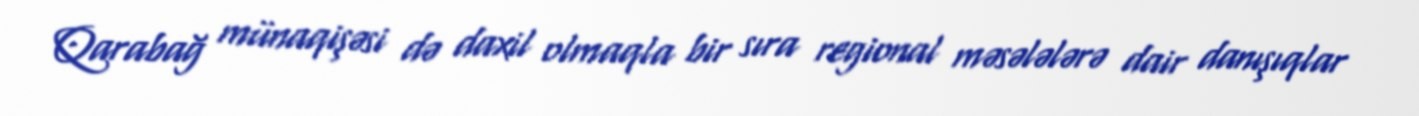
Qarabağ münaqişəsi də daxil olmaqla bir sıra regional məsələlərə dair danışıqlar